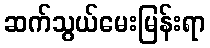
ဆက်သွယ်မေးမြန်းရာ